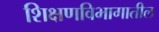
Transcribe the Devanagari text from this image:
शिक्षणविभागातील